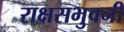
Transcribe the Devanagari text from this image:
राक्षसभुवनी